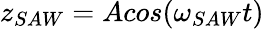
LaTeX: z_{SAW}=Acos(\omega_{SAW}t)